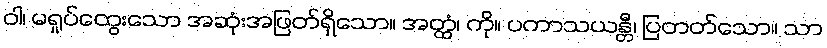
ဝါ၊ မရှုပ်ထွေးသော အဆုံးအဖြတ်ရှိသော။ အတ္ထံ၊ ကို။ ပကာသယန္တီ၊ ပြတတ်သော။ သာ